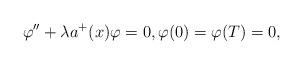
LaTeX: \begin{align*}\varphi'' + \lambda a^{+}(x) \varphi = 0, \varphi(0) = \varphi(T) = 0,\end{align*}